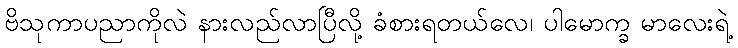
ဗိသုကာပညာကိုလဲ နားလည်လာပြီလို့ ခံစားရတယ်လေ၊ ပါမောက္ခ မာလေးရဲ့